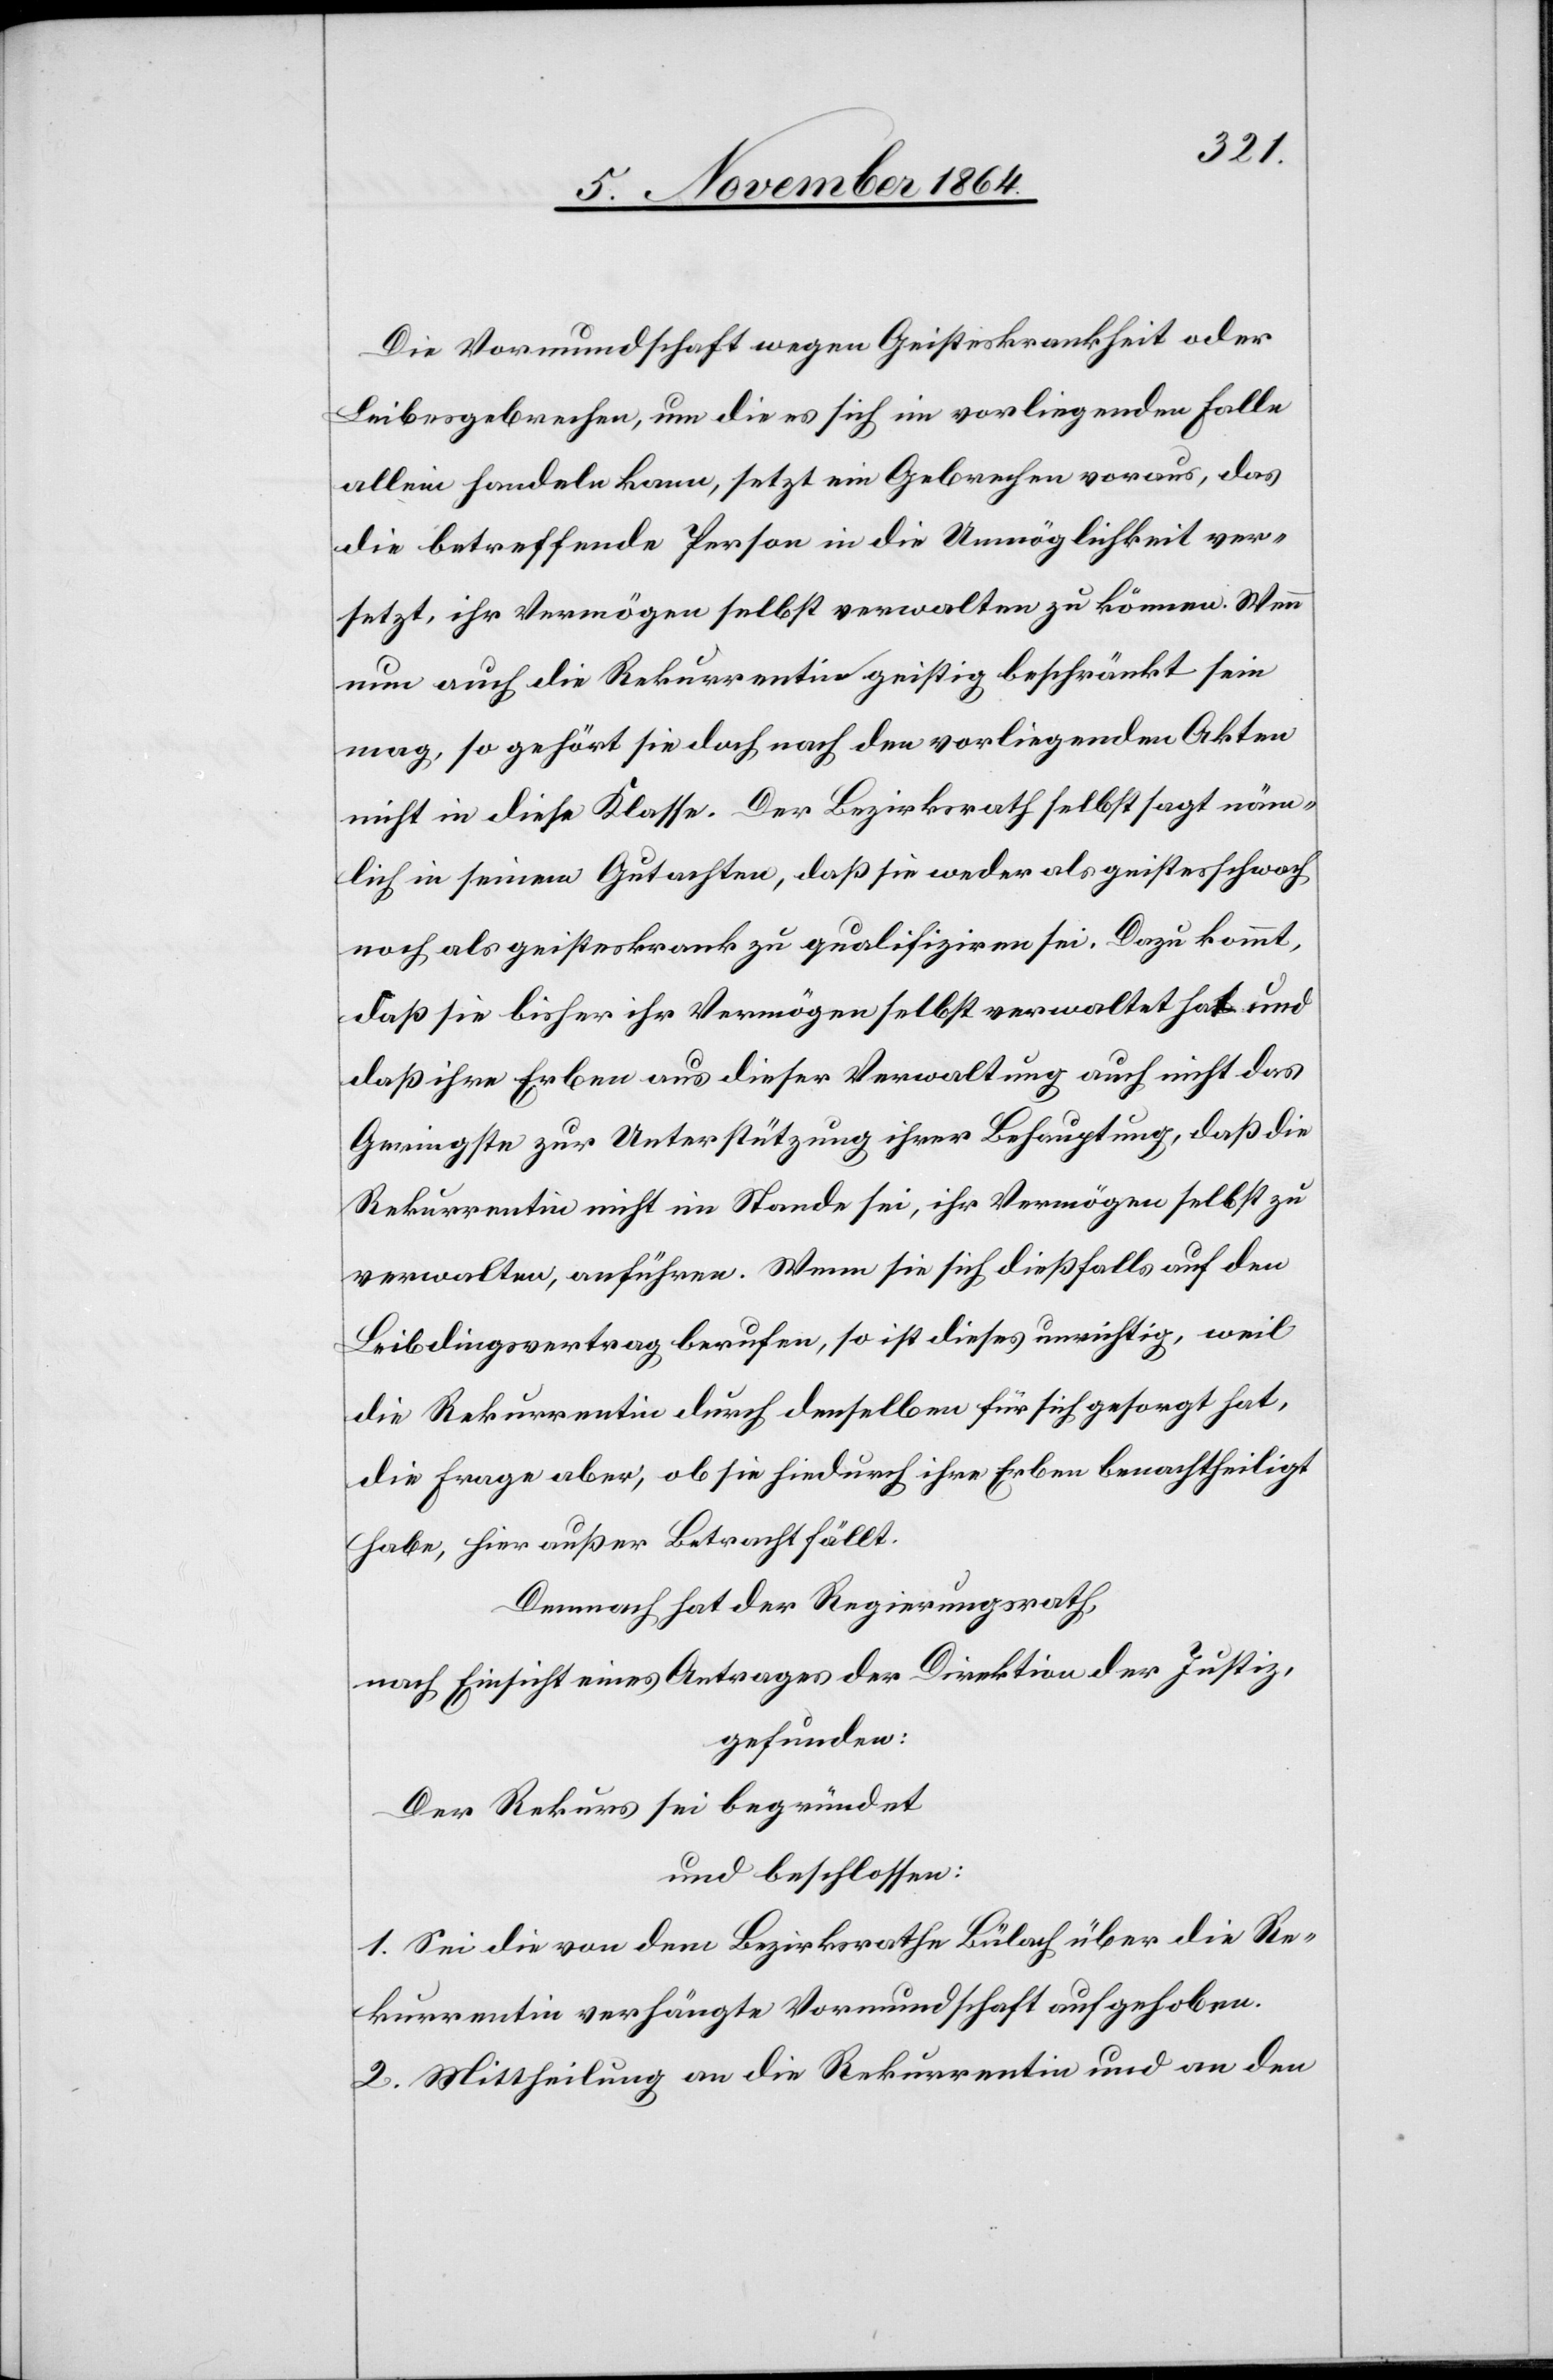
Die Vormundschaft wegen Geisteskrankheit oder
Leibesgebrechen, um die es sich im vorliegenden Falle
allein handeln kann, setzt ein Gebrechen voraus, das
die betreffende Person in die Unmöglichkeit ver¬
setzt, ihr Vermögen selbst verwalten zu können. Wenn
nun auch die Rekurrentin geistig beschränkt sein
mag, so gehört sie doch nach den vorliegenden Akten
nicht in diese Klasse. Der Bezirksrath selbst sagt näm¬
lich in seinem Gutachten, daß sie weder als geistesschwach
noch als geisteskrank zu qualifiziren sei. Dazu kommt,
daß sie bisher ihr Vermögen selbst verwaltet hat und
daß ihre Erben aus dieser Verwaltung auch nicht das
Geringste zur Unterstützung ihrer Behauptung, daß die
Rekurrentin nicht im Stande sei, ihr Vermögen selbst zu
verwalten, anführen. Wenn sie sich dießfalls auf den
Leibdingsvertrag berufen, so ist dieses unrichtig, weil
die Rekurrentin durch denselben für sich gesorgt hat,
die Frage aber, ob sie hiedurch ihre Erben benachtheiligt
habe, hier außer Betracht fällt.
Demnach hat der Regierungsrath,
nach Einsicht eines Antrages der Direktion der Justiz,
gefunden:
Der Rekurs sei begründet
und beschlossen:
1. Sei die von dem Bezirksrathe Bülach über die Re¬
kurrentin verhängte Vormundschaft aufgehoben.
2. Mittheilung an die Rekurrentin und an den